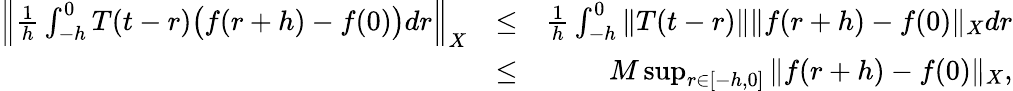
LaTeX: \begin{array}{rlr}{\Big\| \frac{1}{h}\int_{-h}^{0}T(t-r)\big(f(r+h)-f(0)\big)dr\Big\| _{X}}&{\leq}&{\frac{1}{h}\int_{-h}^{0}\| T(t-r)\| \| f(r+h)-f(0)\| _{X}dr}\\ &{\leq}&{M\operatorname*{sup}_{r\in[-h,0]}\| f(r+h)-f(0)\| _{X},}\end{array}